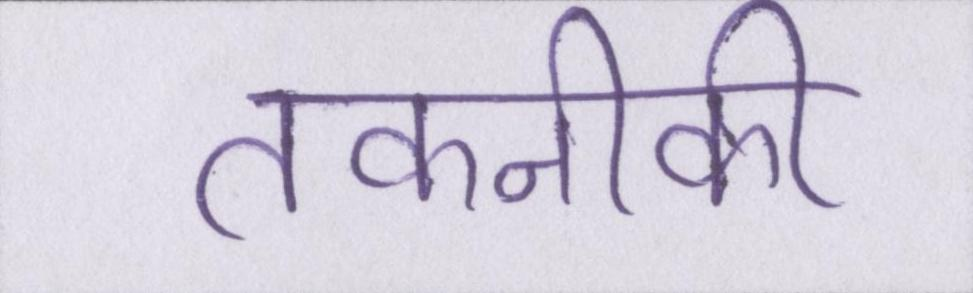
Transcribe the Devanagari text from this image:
तकनीकी